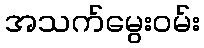
အသက်မွေးဝမ်း